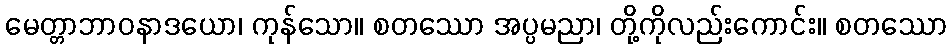
မေတ္တာဘာဝနာဒယော၊ ကုန်သော။ စတဿော အပ္ပမညာ၊ တို့ကိုလည်းကောင်း။ စတဿော